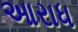
આરાધ